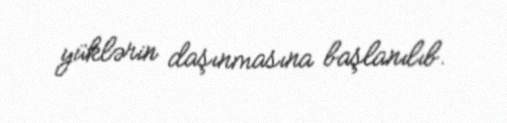
yüklərin daşınmasına başlanılıb.